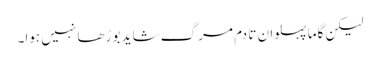
لیکن گاما پہلوان تا دم مرگ شاید بوڑھا نہیں ہوا۔